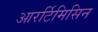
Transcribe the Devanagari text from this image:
आरर्टिमिसिन